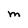
Character: M